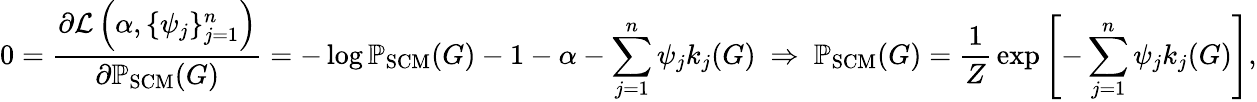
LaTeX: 0={\frac{\partial{\mathcal{L}}\left(\alpha,\{ \psi_{j}\} _{j=1}^{n}\right)}{\partial\mathbb{P}_{\mathrm{SCM}}(G)}}=-\log\mathbb{P}_{\mathrm{SCM}}(G)-1-\alpha-\sum_{j=1}^{n}\psi_{j}k_{j}(G)\ \Rightarrow\ \mathbb{P}_{\mathrm{SCM}}(G)={\frac{1}{Z}}\exp\left[-\sum_{j=1}^{n}\psi_{j}k_{j}(G)\right],